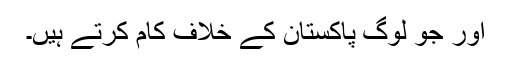
اور جو لوگ پاکستان کے خلاف کام کرتے ہیں۔